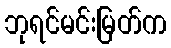
ဘုရင်မင်းမြတ်က